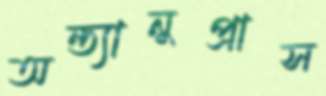
অন্ত্যানুপ্রাস